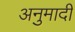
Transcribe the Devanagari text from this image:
अनुमादी